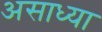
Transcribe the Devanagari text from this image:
असाध्या